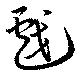
戲